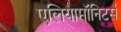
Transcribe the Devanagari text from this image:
एलियामॉनिटर्स